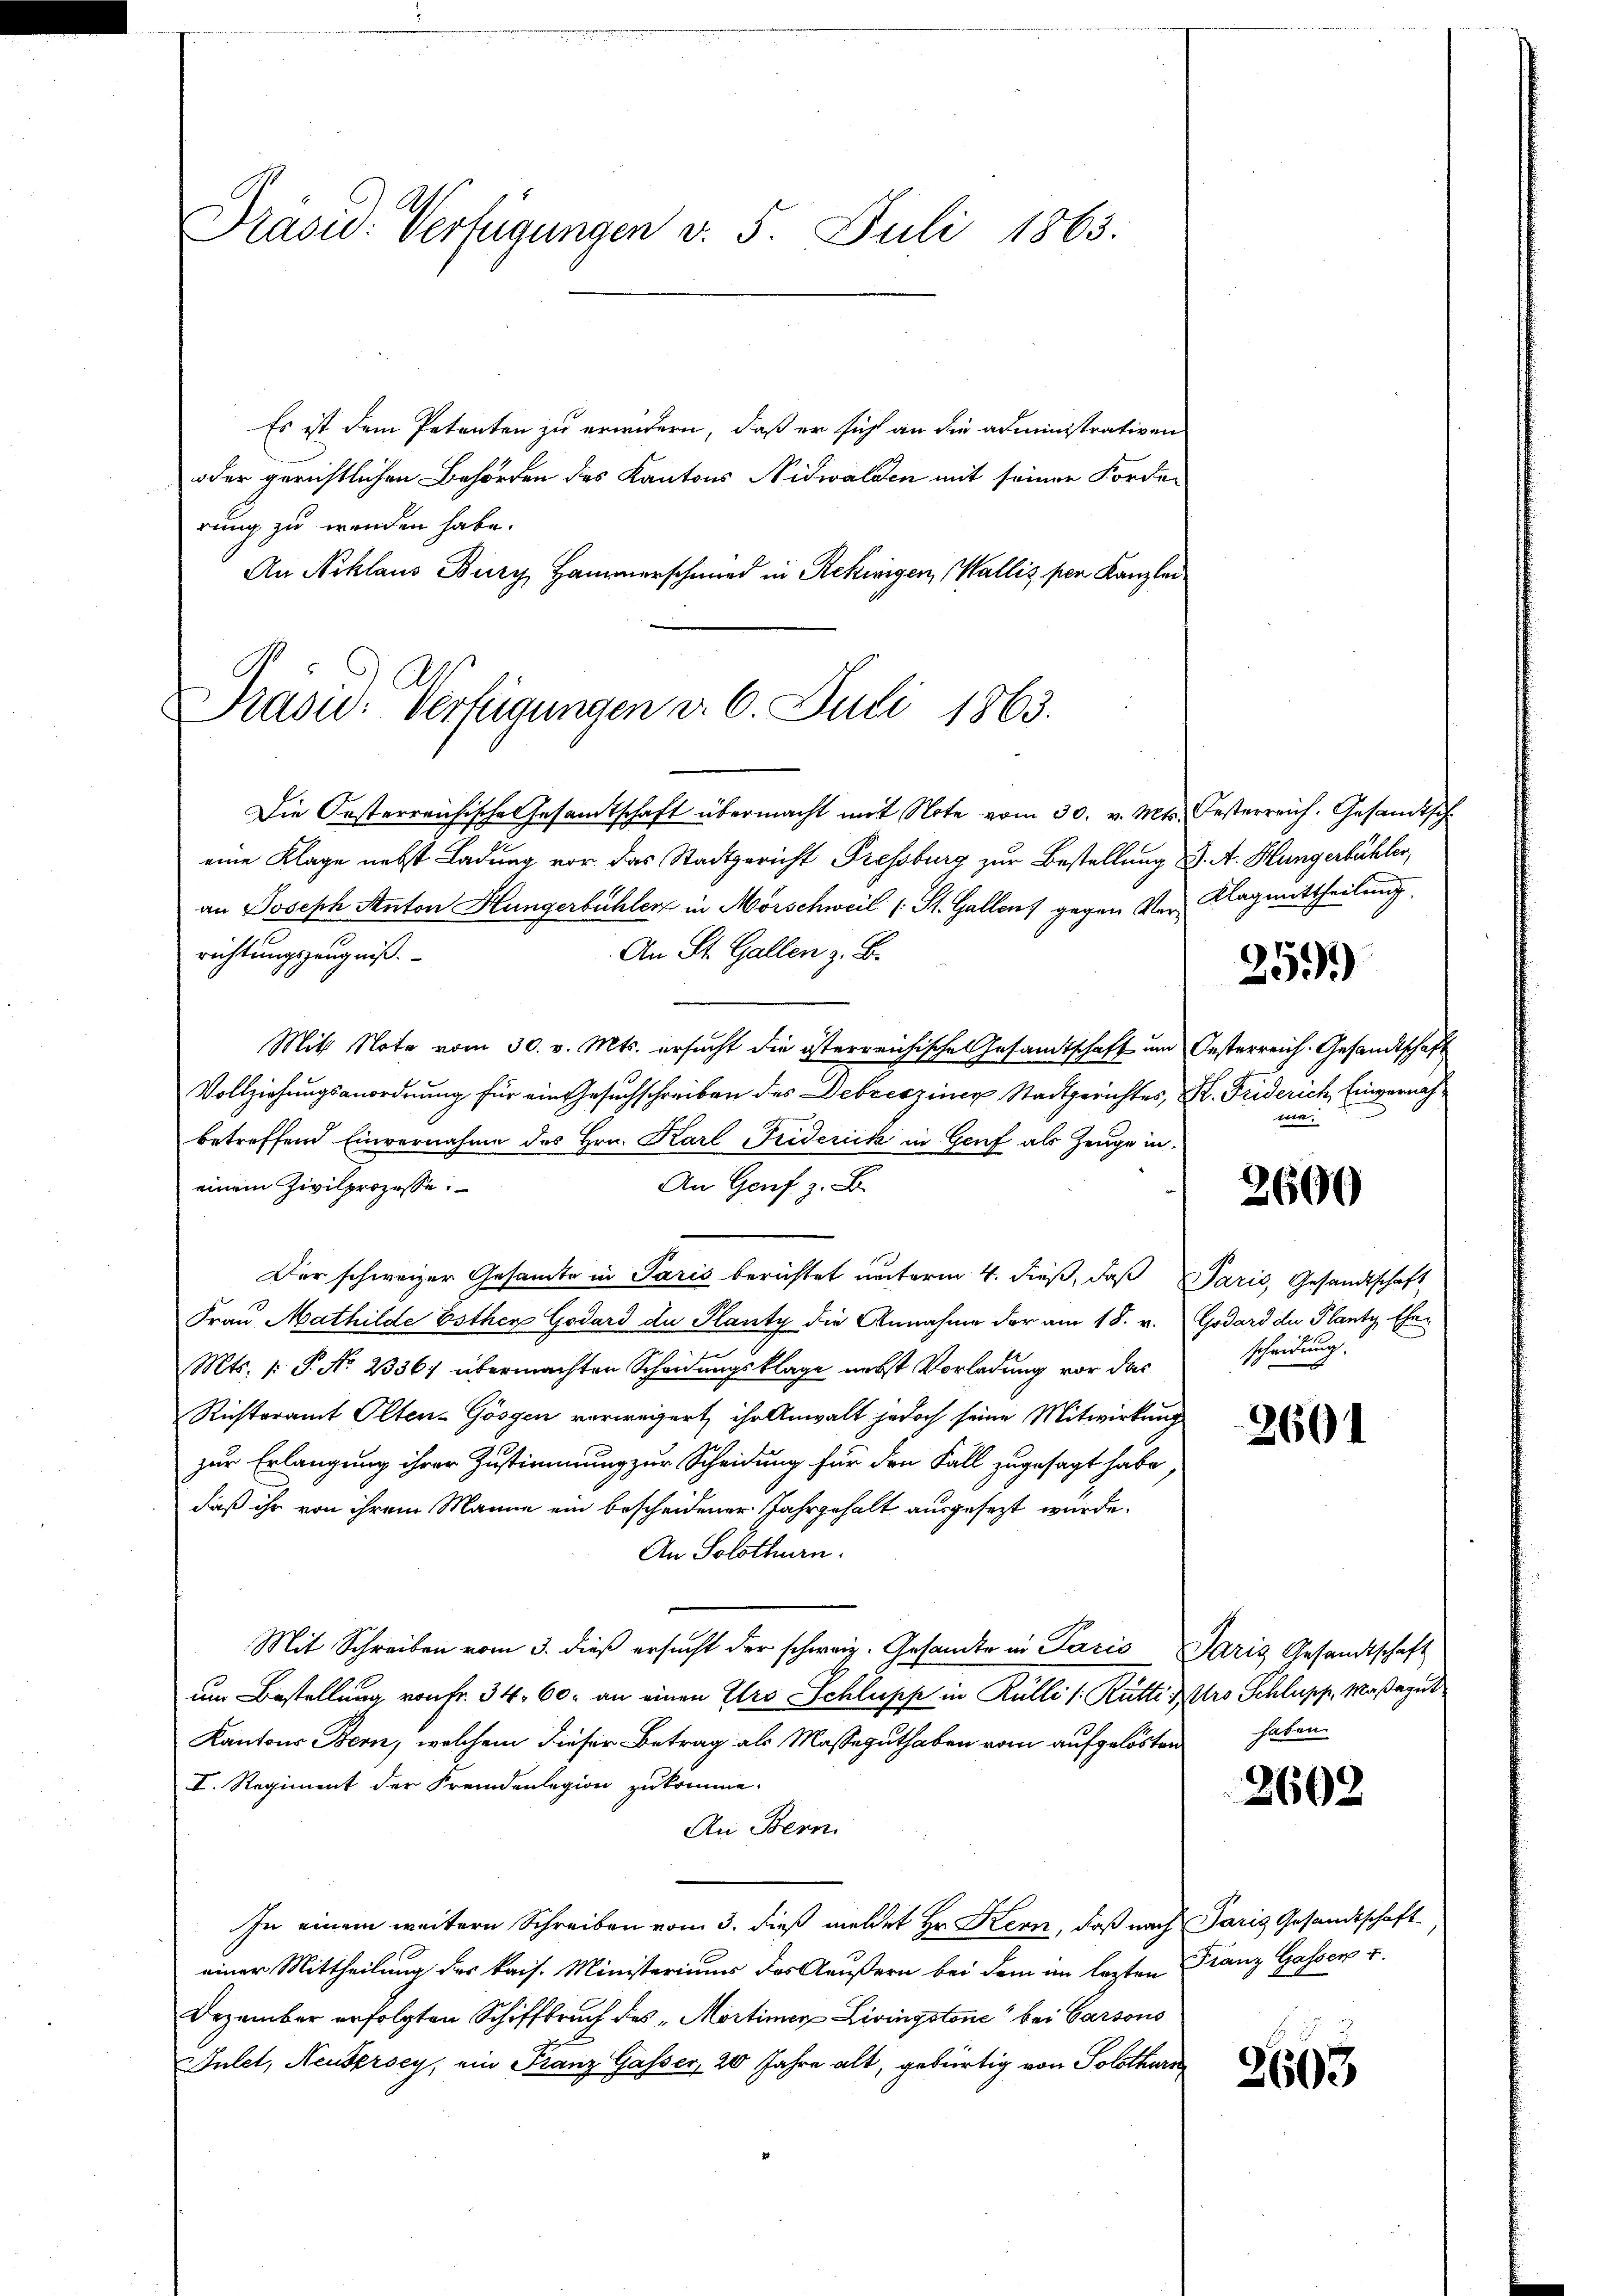
Präsid. Verfügungen v. 5. Juli 1863.

Es ist dem Petenten zu erindern, daß er sich an die administrativen
oder gerichtlichen Behörden des Kantons Nidwalden mit seiner Forder
rung zu wenden habe.
An Niklaus Bury, Hammerschmied in Rekinigen, Wallis per Kanzlei

Präsid. Verfügungen v. 6. Juli 1863.

Die Oesterreichische Gesamtschaft übermacht mit Note vom 30. v. Mts. Oesterreich. Gesandtsch
eine Klage nebst Ladung vor das Stadtgericht Fressburg zur Bestellung d. A. Hungerbühler,
an Joseph Anton Hungerbühler in Morschweil (St. Gallens gegen Ver- Klagmittheilung
An St. Gallen z. B.
richtungszeugniß.
Mitt Note vom 30. v. Mts. ersucht die österreichische Gesandtschaft und Oesterreich. Gesandtschaft
Vollziehungsanordnung für ein Gesuchschreiben des Debresziner Stadtgerichtes, K. Friderich, Einvernahbetreffend Einvernahme des Hrn. Karl Friderick in Genf als Zeuge in
An Genf z. B.
einem Zivilprozesse.
Der schweizer Gesamte in Paris berichtet unterm 4. dieß, daß Paris, Gesandtschaft
Frau Mathilde Esther Godard du Planty die Annahme der am 18. v. Godard du Planty Ehe¬
Mts. /: P. No 2336/ übermachten Scheidungsklage nebst Vorladung vor das
Richteramt Olten-Gösgen verwegert, ihr Anwalt jedoch seine Mitwirkung
zur Erlangung ihrer Zustimmung zur Scheidung für den Fall zugesagt habe
daß ihr von ihrem Manne ein bescheidener Jahrgehalt ausgesezt wurde.
An Solothurn.
Mit Schreiben vom 3. dieß ersucht der schweiz. Gesandte in Paris Paris Gesandtschaft
um Bestellung von Fr. 34. 60. an einen Iro Schlusse in Kulle s. Rütte tro Schlupp, Maßazut
Kantons Bern, welchem dieser Betrag als Masseguthaben vom aufgelösten
I. Regiment der Fremdenlegion zukomme.
An Bern
In einem weitere Schreiben vom 3. dieß meldet Hr. Kern, daß nach Paris Gesandtschaft
einer Mittheilung des kais. Ministeriums des Aeußern bei dem im lezten Franz Gasser u.
Dezember erfolgten Schiffbruch des „Mortimen Livingstone bei Carsous
Inlet, Neudersey, ein Franz Gasser, 20 Jahre alt, gebürtig von Solothurn

259)

me.

2600

scheidung.

2601

haben.

2602

2603